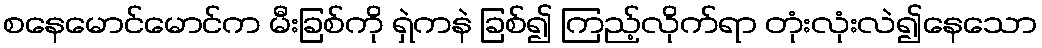
စနေမောင်မောင်က မီးခြစ်ကို ရှဲကနဲ ခြစ်၍ ကြည့်လိုက်ရာ တုံးလုံးလဲ၍နေသော